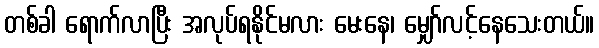
တစ်ခါ ရောက်လာပြီး အလုပ်ရနိုင်မလား မေးနေ၊ မျှော်လင့်နေသေးတယ်။